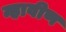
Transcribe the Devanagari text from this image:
न्हावीण